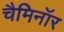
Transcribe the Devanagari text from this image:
चैमिनॉर